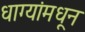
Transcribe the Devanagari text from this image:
धाग्यांमधून